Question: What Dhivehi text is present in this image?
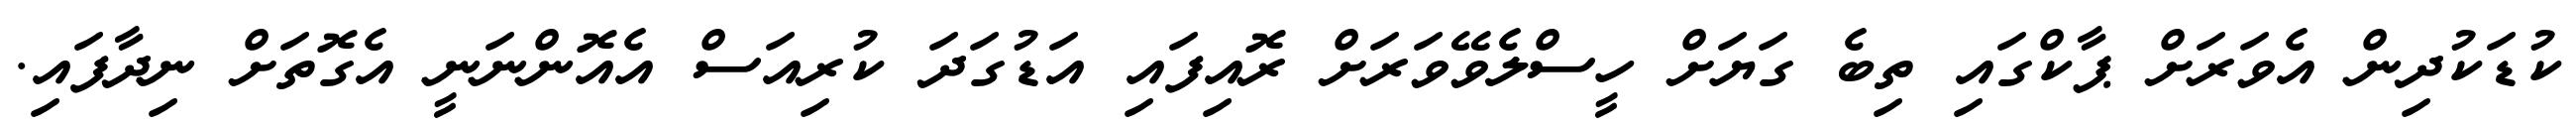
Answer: ކުޑަކުދިން އެވަރަށް ޕާކްގައި ތިބެ ގަޔަށް ހީސްލެވޭވަރަށް ރޮއިފައި އަޑުގަދަ ކުރިއަސް އެއޮންނަނީ އެގޮތަށް ނިދާފައި.